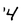
Character: 4